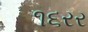
૧૬રર